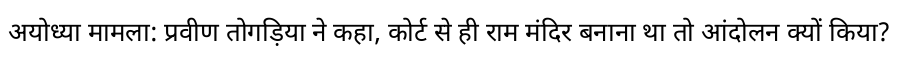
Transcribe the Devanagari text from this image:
अयोध्या मामला: प्रवीण तोगड़िया ने कहा, कोर्ट से ही राम मंदिर बनाना था तो आंदोलन क्यों किया?